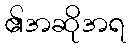
၏အဆိုအရ